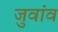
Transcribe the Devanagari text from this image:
जुवांव